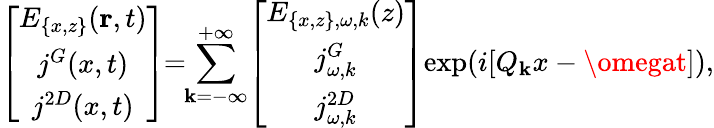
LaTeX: \left[\begin{array}{c}{E_{\{ x,z\} }(\textbf{r},t)}\\ {j^{G}(x,t)}\\ {j^{2D}(x,t)}\end{array}\right]\! \! =\! \! \sum_{\mathbf{k}=-\infty}^{+\infty}\! \left[\begin{array}{c}{E_{\{ x,z\} ,\omega,k}(z)}\\ {j_{\omega,k}^{G}}\\ {j_{\omega,k}^{2D}}\end{array}\right]\! \exp(i[Q_{\mathbf{k}}x-\omegat]),